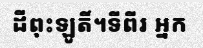
ដីពុះឡូតិ៍។ទីពីរ អ្នក